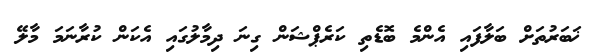
ޚަބަރުތަށް ބަލާފައި އެންމެ ބޮޑެތި ކަރެޕްޝަން ގިނަ ދިމާލުގައި އެކަން ކުރާނަމަ މާލޭ